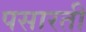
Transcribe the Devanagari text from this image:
पसारती